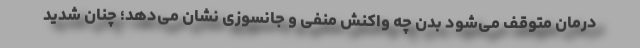
درمان متوقف می‌شود بدن چه واکنش منفی و جانسوزی نشان می‌دهد؛ چنان شدید